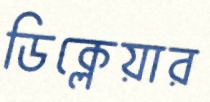
ডিক্লেয়ার